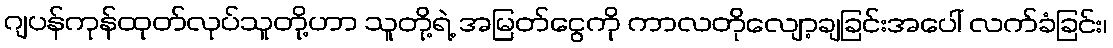
ဂျပန်ကုန်ထုတ်လုပ်သူတို့ဟာ သူတို့ရဲ့ အမြတ်ငွေကို ကာလတိုလျော့ချခြင်းအပေါ် လက်ခံခြင်း၊